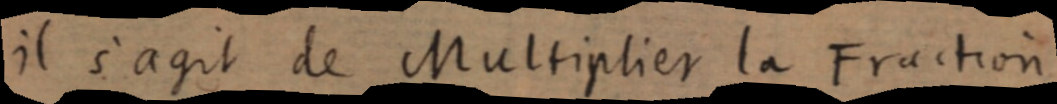
il s’agit de Multiplier la Fraction